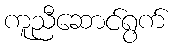
ကူညီဆောင်ရွက်